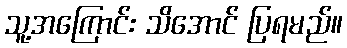
သူ့အကြောင်း သိအောင် ပြရမည်။